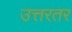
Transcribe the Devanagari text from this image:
उत्तरतर